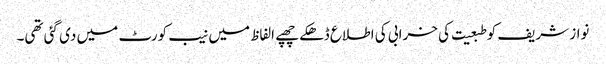
نواز شریف کو طبعیت کی خرابی کی اطلاع ڈھکے چھپے الفاظ میں نیب کورٹ میں دی گئی تھی۔